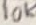
Text: 10K